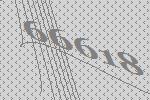
66618